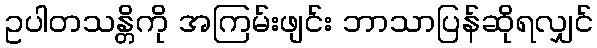
ဥပါတသန္တိကို အကြမ်းဖျင်း ဘာသာပြန်ဆိုရလျှင်